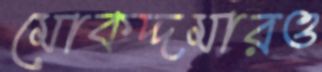
মোকদ্দমারও